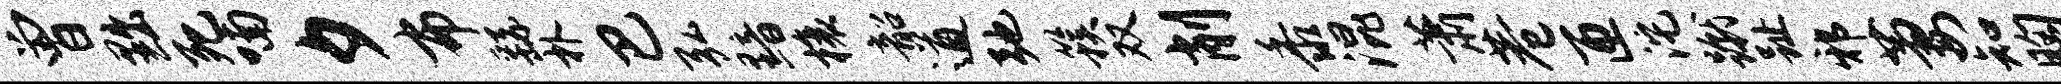
曾黜死喃夕布繇朴巴弘黯榱韶遒弛簇双削黍混萧巷匝沱蹴趾邪萋知胸